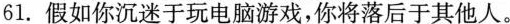
61.假如你沉迷于玩电脑游戏，你将落后于其他人。